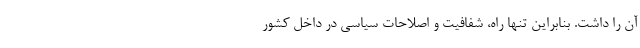
آن را داشت. بنابراین تنها راه، شفافیت و اصلاحات سیاسی در داخل کشور